Scottish Leaving Certificate Examination, 1952
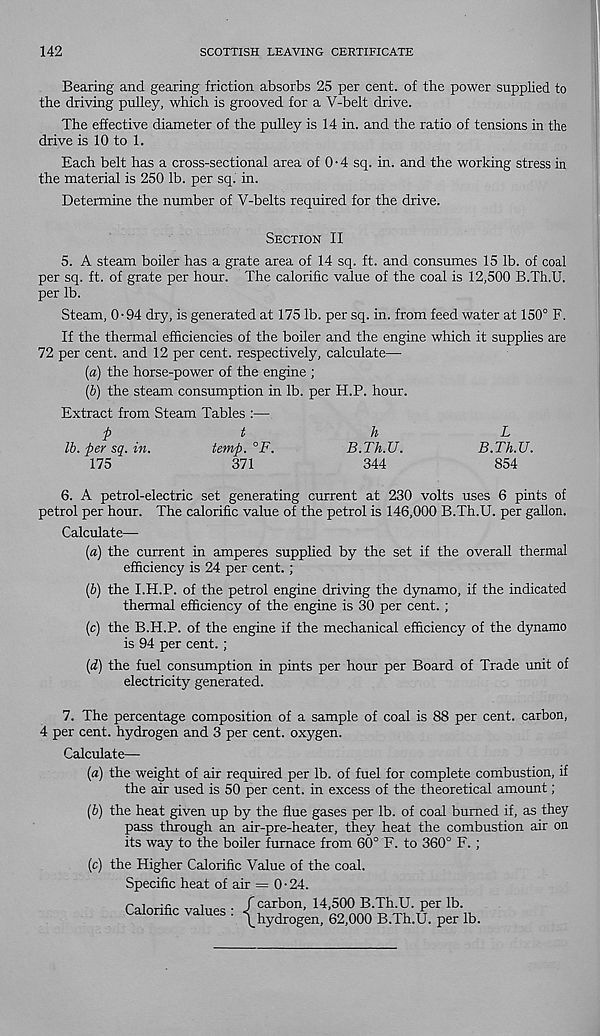
142
SCOTTISH LEAVING CERTIFICATE
Bearing and gearing friction absorbs 25 per cent, of the power supplied to
the driving pulley, which is grooved for a V-belt drive.
The effective diameter of the pulley is 14 in. and the ratio of tensions in the
drive is 10 to 1.
Each belt has a cross-sectional area of 0-4 sq. in. and the working stress in
the material is 250 lb. per sq. in.
Determine the number of V-belts required for the drive.
Section II
5. A steam boiler has a grate area of 14 sq. ft. and consumes 15 lb. of coal
per sq. ft. of grate per hour. The calorific value of the coal is 12,500 B.Th.U.
per lb.
Steam, 0-94 dry, is generated at 175 lb. per sq. in. from feed water at 150° F.
If the thermal efficiencies of the boiler and the engine which it supplies are
72 per cent, and 12 per cent, respectively, calculate—
(а) the horse-power of the engine ;
(б) the steam consumption in lb. per H.P. hour.
Extract from Steam Tables :—
p
t
h
L
lb. per sq. in.
temp. °F.
B.Th.U.
B.Th.U.
175
371
344
854
6. A petrol-electric set generating current at 230 volts uses 6 pints of
petrol per hour. The calorific value of the petrol is 146,000 B.Th.U. per gallon.
Calculate—
{a) the current in amperes supplied by the set if the overall thermal
efficiency is 24 per cent. ;
(&) the I.H.P. of the petrol engine driving the dynamo, if the indicated
thermal efficiency of the engine is 30 per cent.;
(c) the B.H.P. of the engine if the mechanical efficiency of the dynamo
is 94 per cent.;
[d) the fuel consumption in pints per hour per Board of Trade unit of
electricity generated.
7. The percentage composition of a sample of coal is 88 per cent, carbon,
4 per cent, hydrogen and 3 per cent, oxygen.
Calculate—
(«) the weight of air required per lb. of fuel for complete combustion, if
the air used is 50 per cent, in excess of the theoretical amount;
(b) the heat given up by the flue gases per lb. of coal burned if, as they
pass through an air-pre-heater, they heat the combustion air on
its way to the boiler furnace from 60° F. to 360° F. ;
(c) the Higher Calorific Value of the coal.
Specific heat of air = 0-24.
Calorific values : |l^o n ’ 14 > 5
9°X B-Tt-U. P er ib.
\hydrogen, 62,000 B.Th.U. per lb.